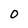
Character: O